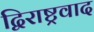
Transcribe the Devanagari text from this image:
द्विराष्ट्रवाद